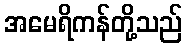
အမေရိကန်တို့သည်